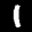
Label: 1